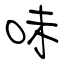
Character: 味